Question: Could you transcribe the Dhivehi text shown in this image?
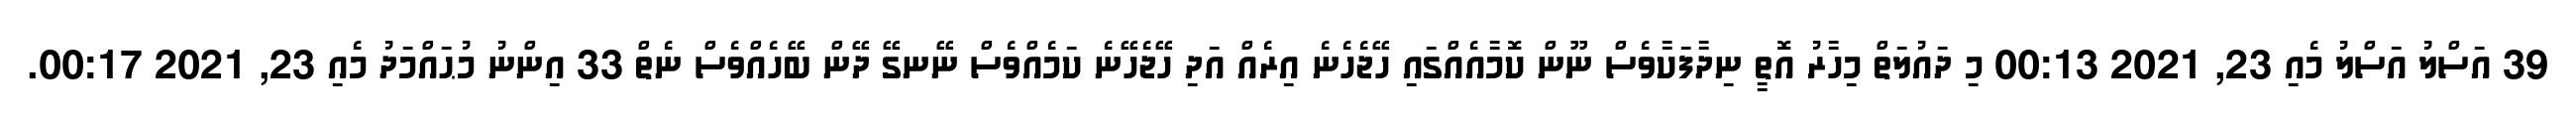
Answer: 39 އަސްލު އަސްލު މެއި 23, 2021 00:13 މި ދައުލަތް މިހާރު އޮތީ ނިދާފަކާވެސް ނޫން ކޮމާއެއްގައި ހޭޖެހެނެ އިރެއް އަދި ހޭޖެހޭނެ ކަމެއްވެސް ނޭނގޭ ދޭން ބޭހެއްވެސް ނެތް 33 އިންނު މުޙައްމަދު މެއި 23, 2021 00:17.